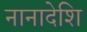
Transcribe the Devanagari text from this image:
नानादेशि